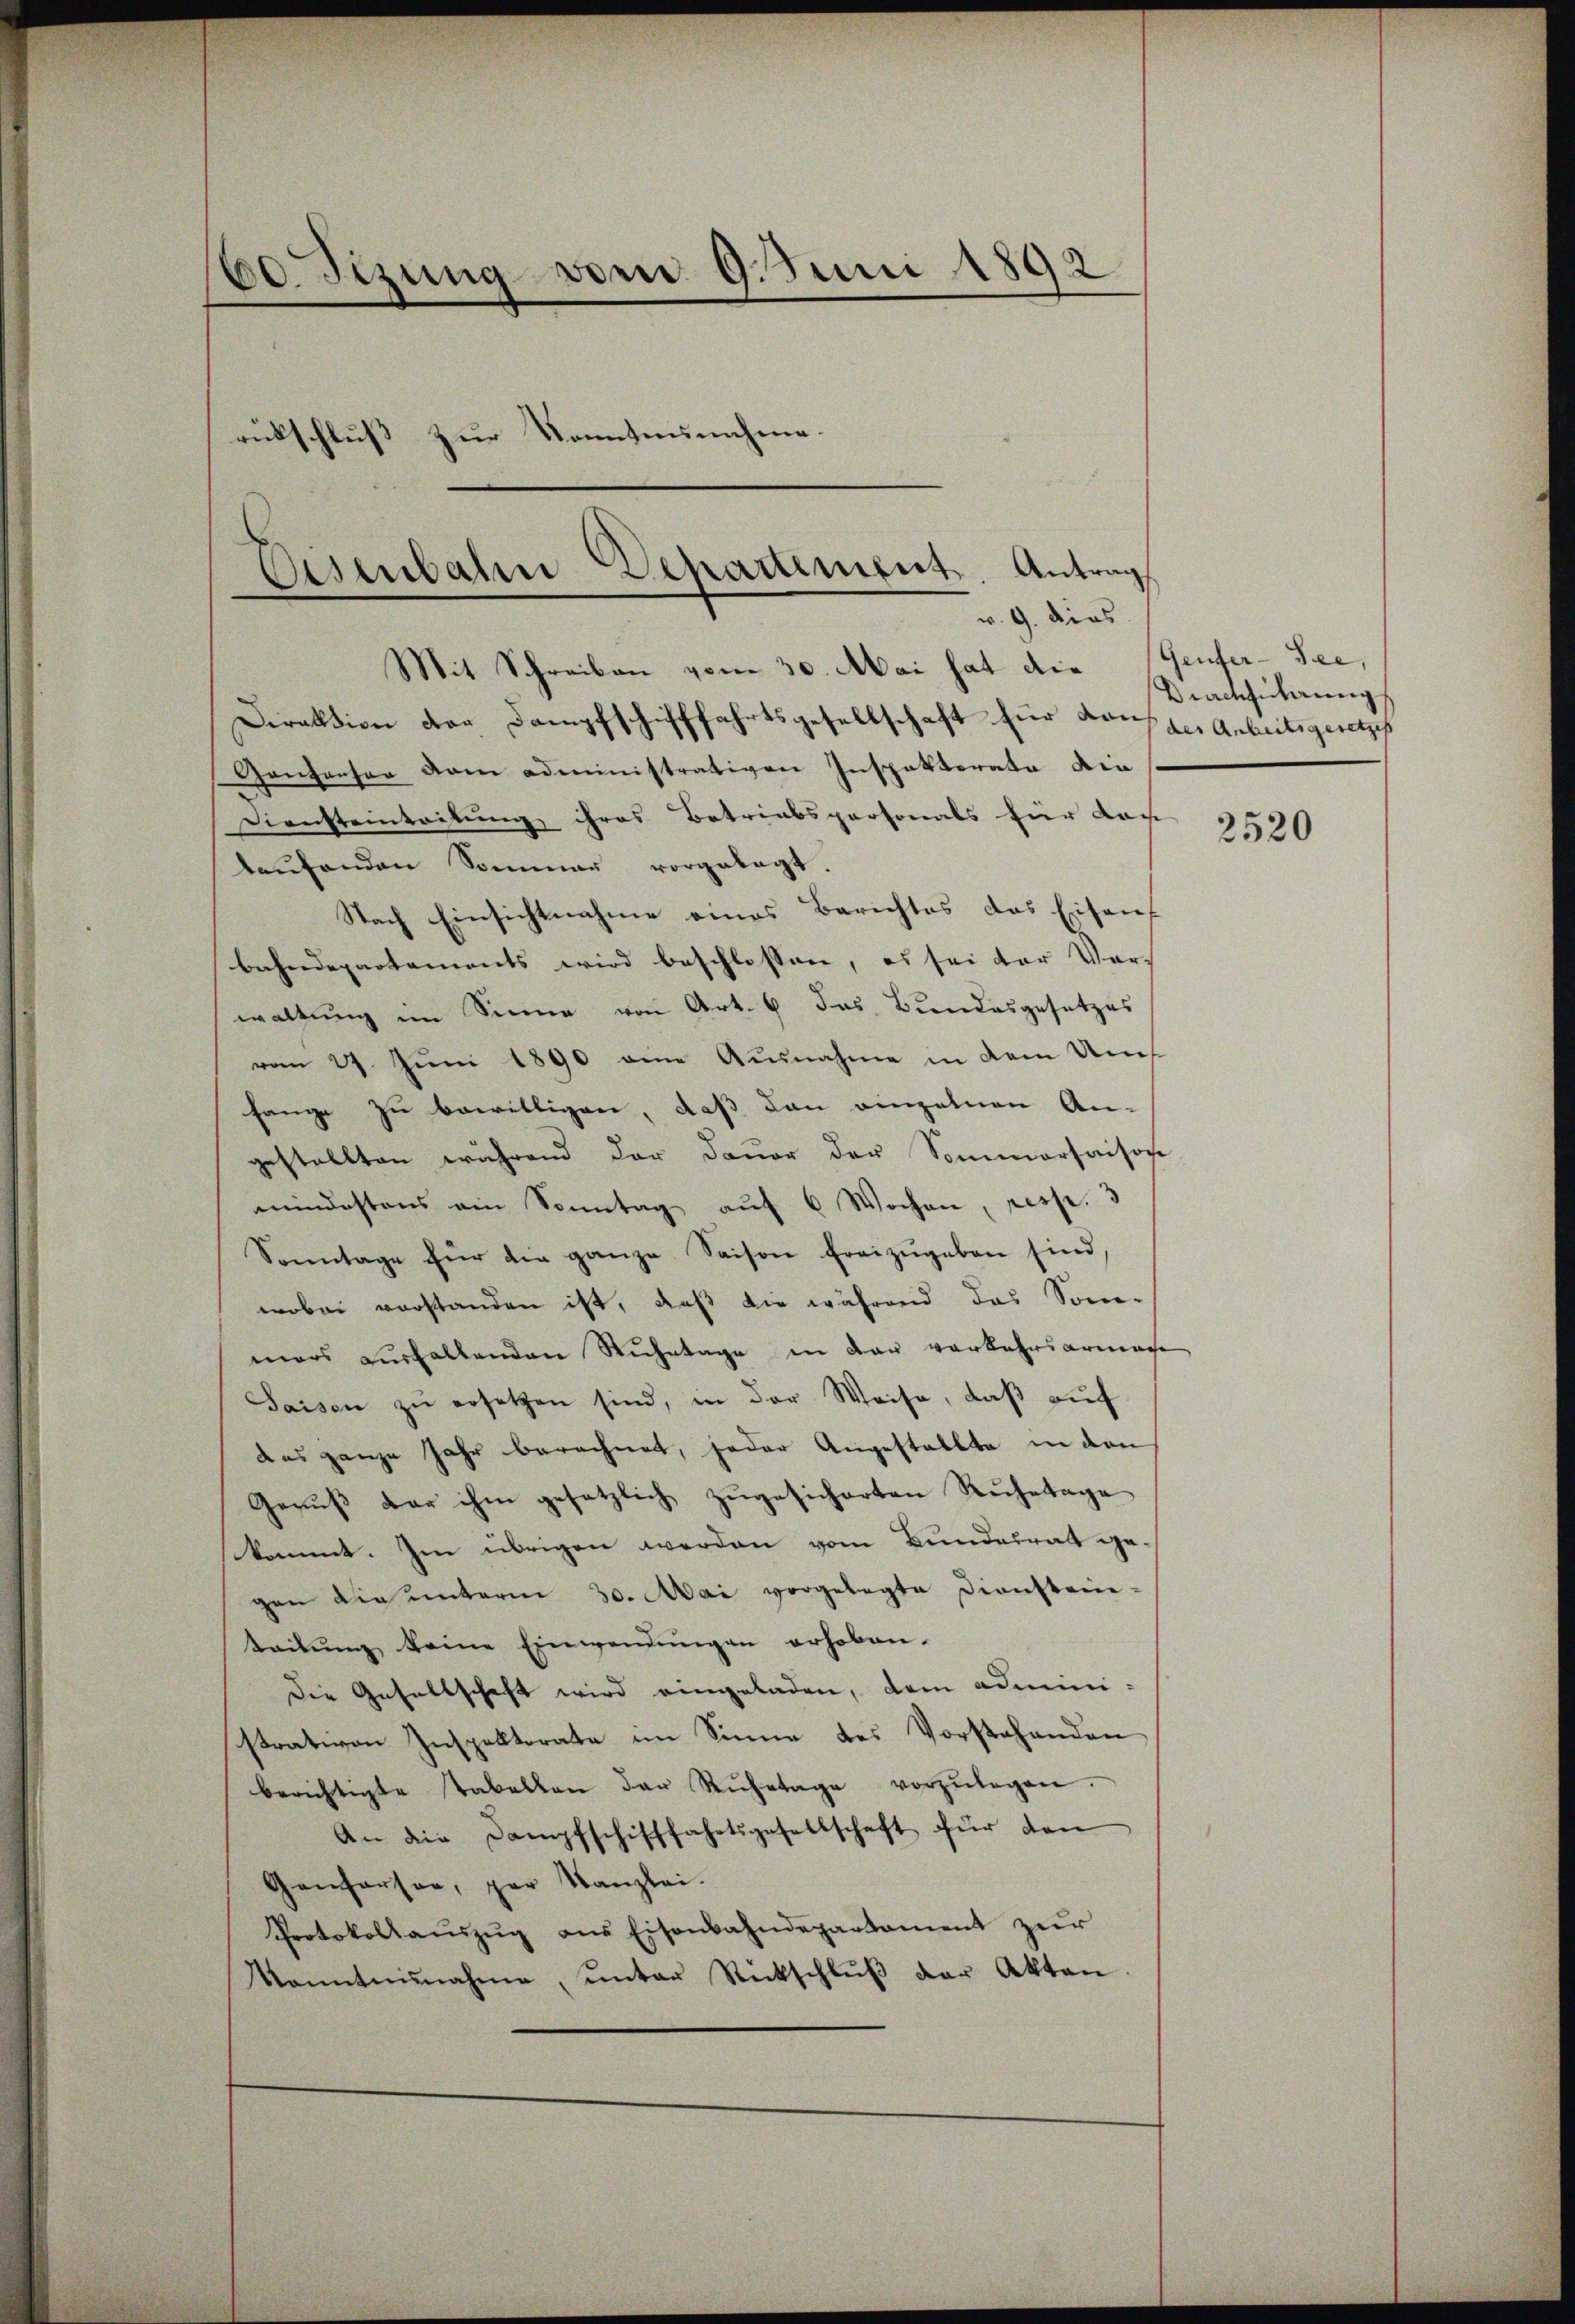
80. Sezung vom 9. Juni 1892.
rückschluß zur Kenntnisnahme.

Eisenbahn Departement. Antrag

Mit Schreiben vom 30. Mai hat die
Direktion der Dampfschifffahrtsgesellschaft für dans des Anbeitsgesetzes
Gantauser vom administrativen Inspektorata die
Diensteinteilung ihres Betriabspersonals hier das
laŭfenden Sommer vorgelegt.
Nach Einsichtnahme eines Berichtes das Eisens
bahndepartements wird beschlossen, es sei der Vorwaltung im Sinne von Art. 6 das Bundesgesetzes
vom 21. Juni 1890 eine Ausnahme in dem Ums
fange zu bewilligen, daß dann einzelnen An-
gestellten während der Dauer der Sommersaison
mindestens ein Sonntag auf 6 Wochen, resp. 3
Sonntage für die ganze Saison freizŭgeben sind,
wobei vorstanden ist, daß die während das Sonn-
mers ausfallenden Ruhetage in der verkehrsarmache
Saisen zŭ ersetzen sind, in der Weise, daβ aŭf
das ganze Jahr berechnet, jeder Angestallte in den
Genuß der ihm gesetzlich zugesicherten Ruhetage
kommt. Im übrigen werden vom Bundesrat gegen die unterm 30. Mai vorgelegte Dienstein-
tadŭng keine Einwendŭngen erhoben.
Die Gesellschaft wird eingeladen, dem administrativen Inspektorate im Sinne des Vorstehenden
berichtigte Tabellan der Rŭhetage vorzŭlegen.
An die Dampfschifffahrtsgesellschaft für dan
Genferson, par Kanzlei-
Protokollaŭszŭg aŭs Eisenbahndepartament zŭr
Kenntnisnahme, ŭnter Rückschlŭβ der Akten

Genfer-See,
Dachsicherung

2520